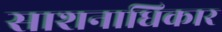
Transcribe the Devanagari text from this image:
साशनाधिकार